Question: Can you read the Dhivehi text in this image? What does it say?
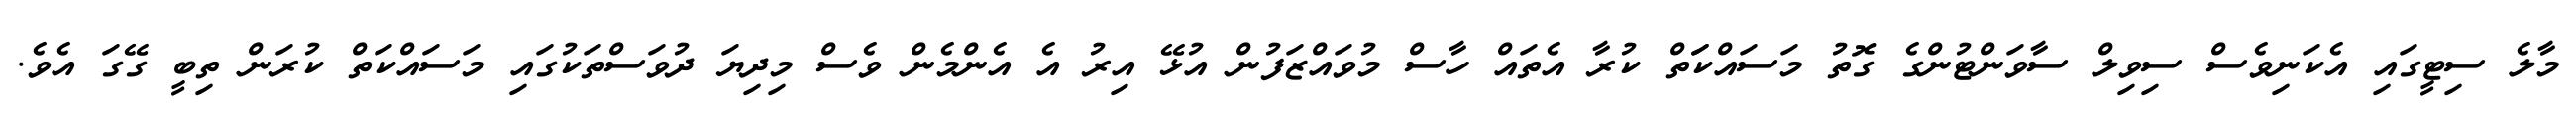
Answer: މާލެ ސިޓީގައި އެކަނިވެސް ސިވިލް ސާވަންޓުންގެ ގޮތު މަސައްކަަތް ކުރާ އެތައް ހާސް މުވައްޒަފުން އުޅޭ އިރު އެ އެންމެން ވެސް މިދިޔަ ދުވަސްތަކުގައި މަސައްކަތް ކުރަން ތިބީ ގޭގަ އެވެ.